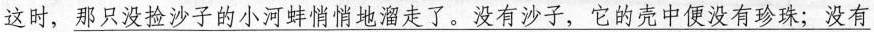
这时，\underline{那只没捡沙子的小河蚌悄悄地溜走了。没有沙子，它的壳中便没有珍珠；没有}